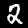
Digit: 2